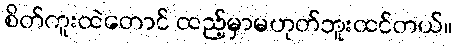
စိတ်ကူးထဲတောင် ထည့်မှာမဟုတ်ဘူးထင်တယ်။